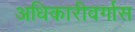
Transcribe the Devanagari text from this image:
अधिकारीवर्गास